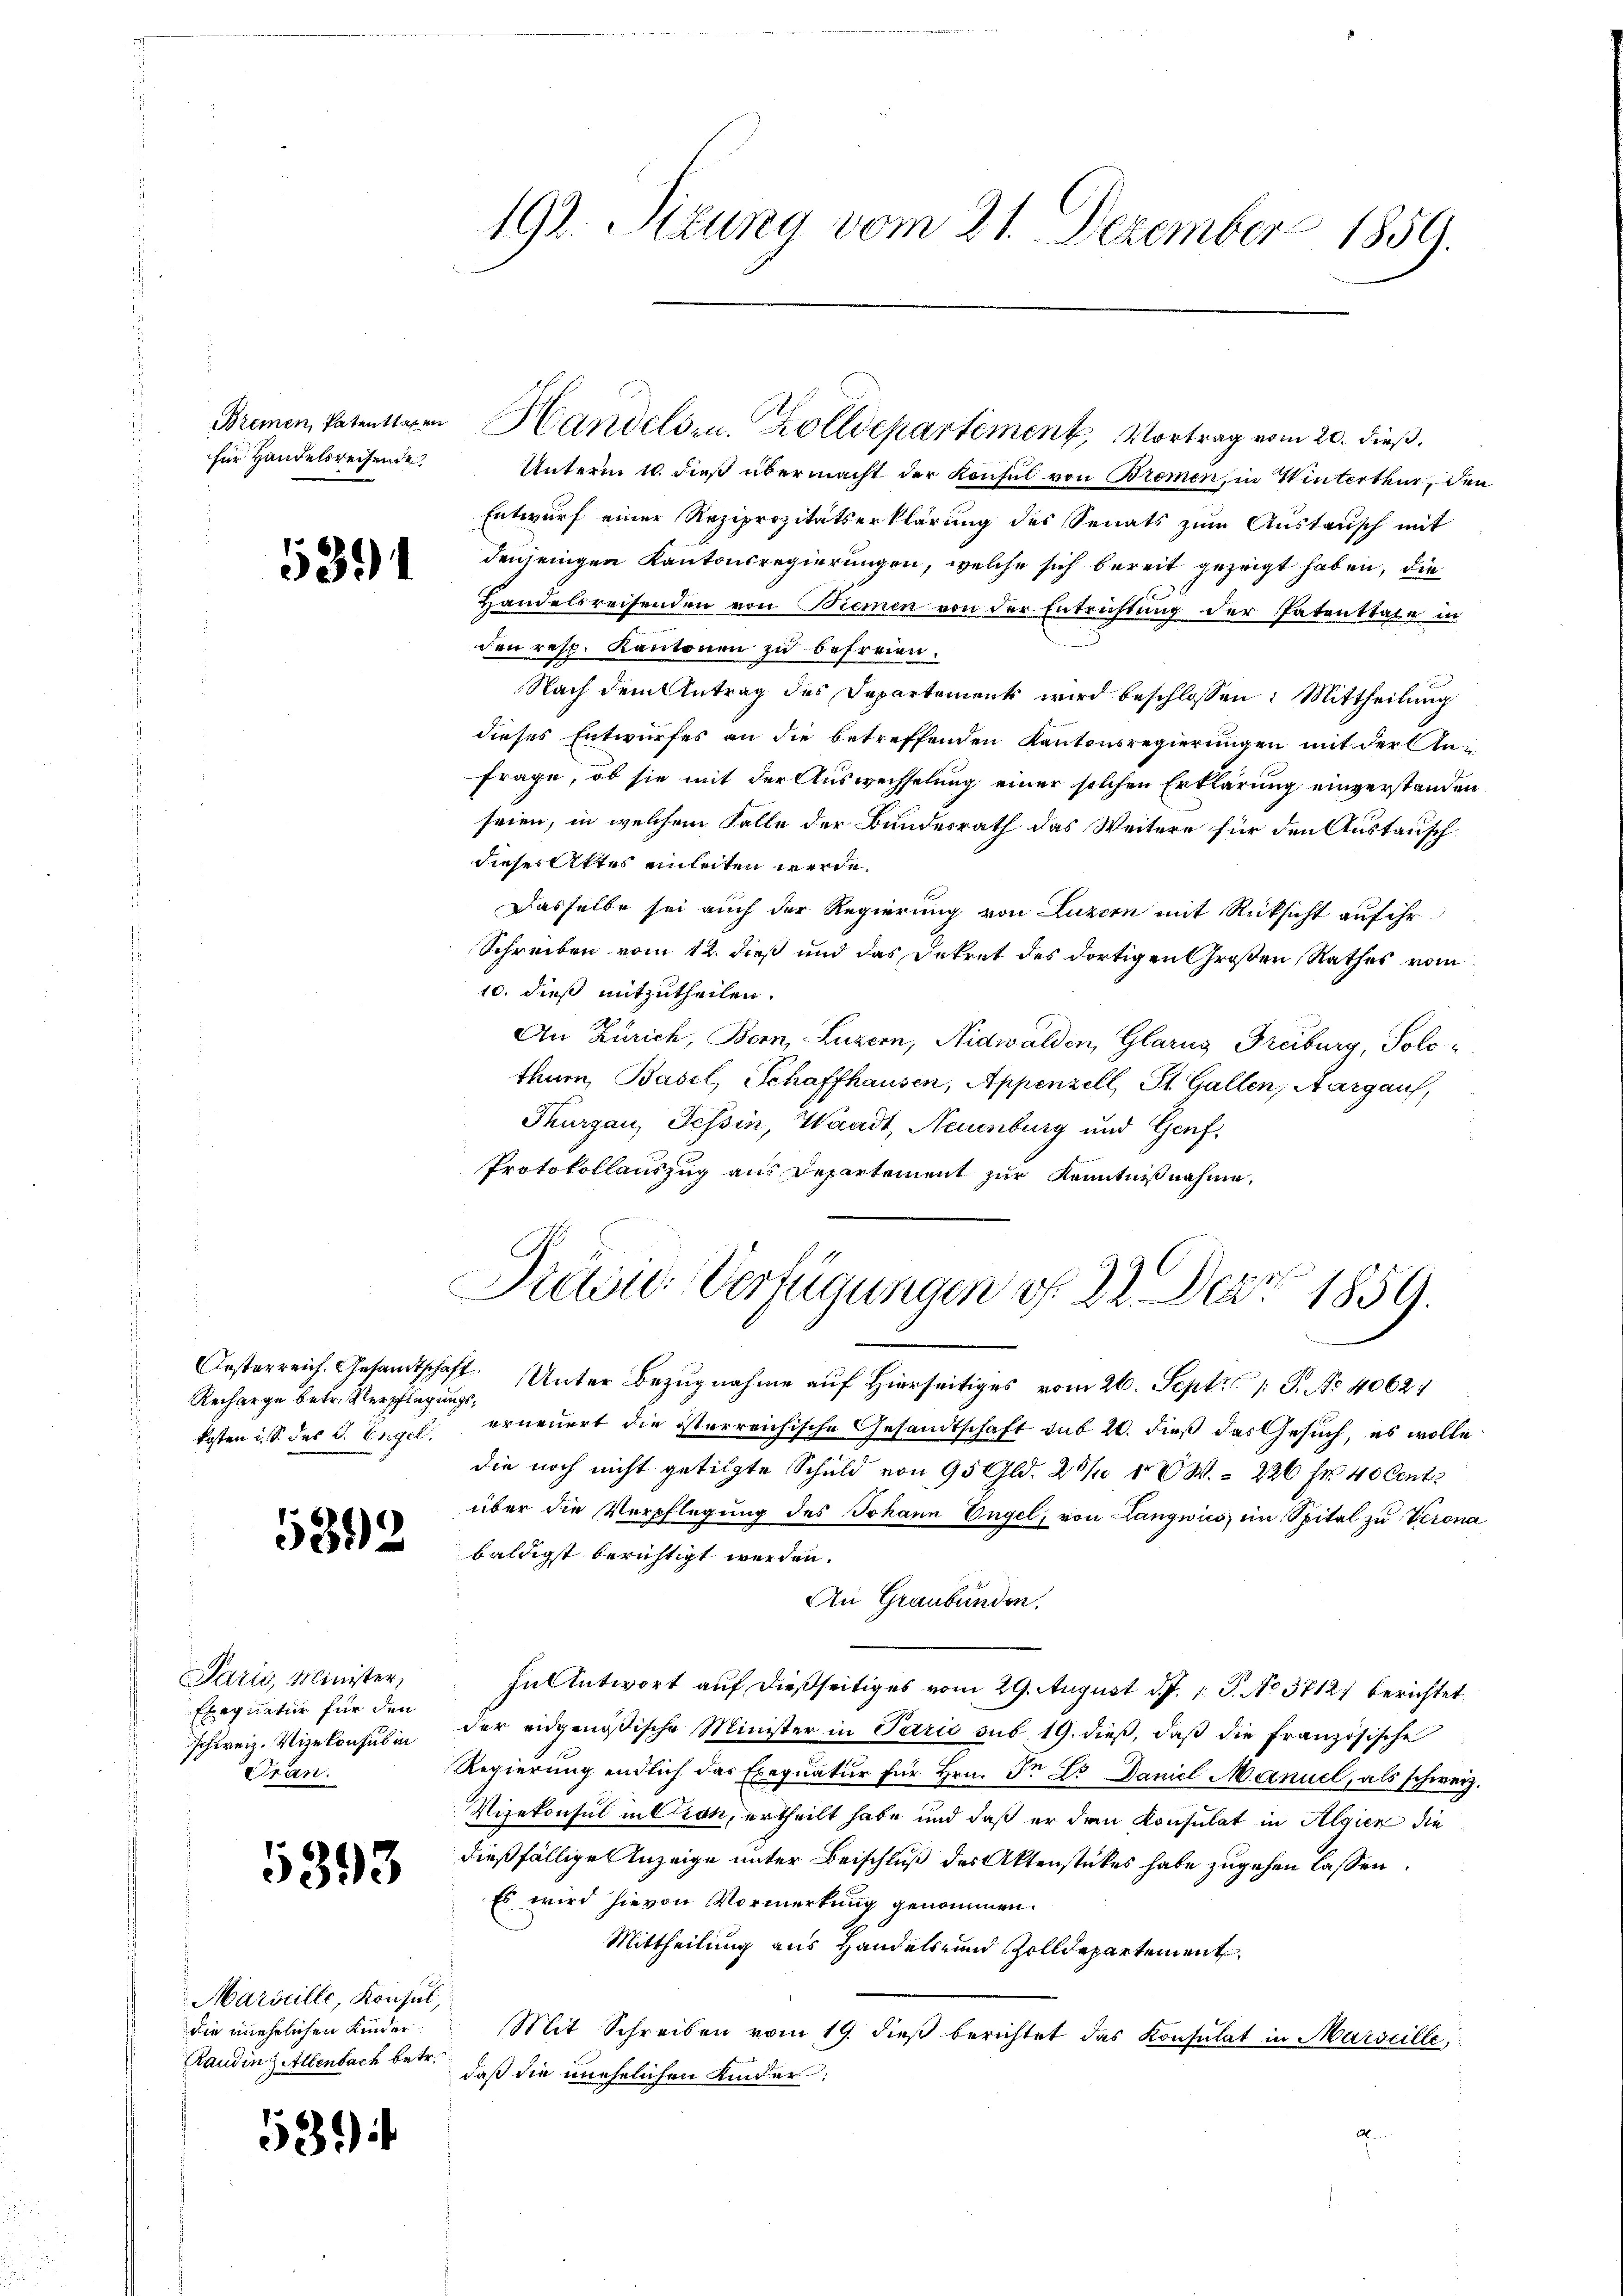
für Handelsreisende

5391

Recharge betr. Verpflegungs¬

5892

Paris, Minister,
Exequatur für den
Jchweiz. Vizekonsul in
Stran

5393

Marseille, Konsul,
die unehrlichen Kinder
Raudin zittenbach betr.

53

Unterm 10. dieß übermacht der Konsul von Bremen, in Winterthur, den
Entwurf einer Reziprozitätserklärung des Senats zŭm Aŭstausch mit
denjenigen Kantonsregierungen, welche sich bereit gezeigt haben, die
Handelsreisenden von Biemen von der Entrichtung der Patenstage in
den resp. Kantonen zu befreien.
Nach dem Antrag des Departement wird beschlossen: Mittheilung
dieses Entwurfes an die betreffenden Kantonsregierungen mit der An¬
Frage, ob sie mit der Auswechselung einer solchen Erklärung einverstanden
seien, in welchem Falle der Bundesrath das Weitere für den Austauschdieses Attes einleiten werde.
Dasselbe sei auch der Regierung von Luzern mit Rücksicht auf ihr
Schreiben vom 12. dieß und das Dekret des dortigen Großen Rathes vom
10. dieß mitzutheilen.
An Zürich, Bern, Luzern, Nidwalden, Glarus Freiburg, Solothurn, Basel, Schaffhausen, Appenzell, St. Gallen, Aargaus,
Thurgau, Tessin, Waadt, Neuenburg und Genf,
Protokollauszug aus Departement zur Kenntnißnahme,

192. Sitzung vom 21. Dezember 1859.

Bremen, Patentiren Handelsr. Zolldepartement, Vortrag vom 20. dieß,

Prelei Verfügungen d. 22. Der 1859.

Oesterreich. Gesamtschaft. Unter Bezugnahme auf hierseitiges vom 26. Sept. 1 S. No 40627
kosten i. S. des C. Engel. erneuert die österreichische Gesandtschaft sub 20. dieß das Gesuch, es wolle
die noch nicht getilgte Schuld von 95 Gld. 28/3 10 W. = 226 Fr. 40 Cents
über die Verpflegung des Johann Engel, von Langwics im Spital zu Verona
baldigst berichtigt werden.
An Graubünden.
In Antwort auf dießseitiges vom 29. August d. J. 1. P. No 37121 berichtet
der eidgenößische Minister in Paris sub 19. dieβ, daβ die französische
Regierung endlich das Exequatur für Hrn. In L. Daniel Manuel, als schweiz.
Vizekonsul in Cron, ertheilt habe und daß er den Konsulat in Algien die
dießfällige Anzeige unter Beischluß des Aktenstückes habe zugehen lassen.
Es wird hievon Vormerkung genommen.
Mittheilung aus Handels und Zolldepartement
Mit Schreiben vom 19. dieß berichtet das Konsulat in Marseille,
daß die unehelichen Kinder: